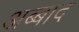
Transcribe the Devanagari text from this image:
अब्बाद